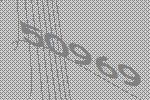
50969